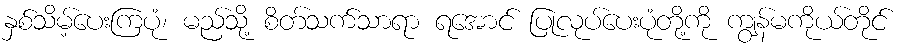
နှစ်သိမ့်ပေးကြပုံ၊ မည်သို့ စိတ်သက်သာရာ ရအောင် ပြုလုပ်ပေးပုံတို့ကို ကျွန်မကိုယ်တိုင်